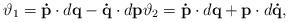
LaTeX: \begin{align*}\vartheta _{1}=\mathbf{\dot{p}}\cdot d\mathbf{q}-\mathbf{\dot{q}}\cdot d\mathbf{p}\vartheta _{2}=\mathbf{\dot{p}}\cdot d\mathbf{q+p}\cdot d\mathbf{\dot{q},} \end{align*}